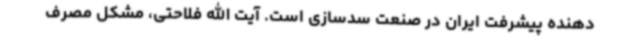
دهنده پیشرفت ایران در صنعت سدسازی است. آیت الله فلاحتی، مشکل مصرف